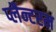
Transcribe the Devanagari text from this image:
प्लैन्टरम